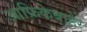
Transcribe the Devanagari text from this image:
आफ्रिकेबाहेर